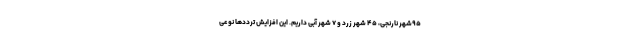
۹۵شهر نارنجی، ۴۵ شهر زرد و ۷ شهر آبی داریم. این افزایش ترددها نوعی